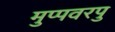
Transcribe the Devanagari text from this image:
मुप्पवरपु